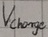
Text: Vcharge